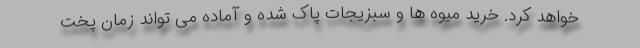
خواهد کرد. خرید میوه ها و سبزیجات پاک شده و آماده می تواند زمان پخت